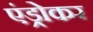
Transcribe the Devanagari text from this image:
एंड्रोकर